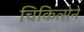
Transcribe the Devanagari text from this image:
चिकित्सेने